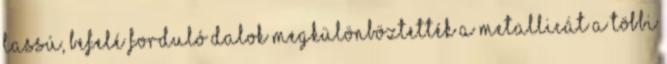
lassú, befelé forduló dalok megkülönböztették a Metallicát a többi